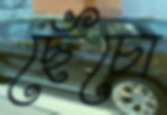
ছেঁচো